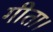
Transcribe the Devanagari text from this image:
गीता।